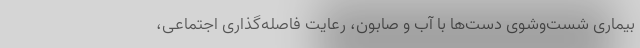
بیماری شست‌وشوی دست‌ها با آب و صابون، رعایت فاصله‌گذاری اجتماعی،